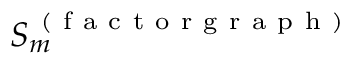
S _ { m } ^ { \mathrm { ~ ( ~ f ~ a ~ c ~ t ~ o ~ r ~ g ~ r ~ a ~ p ~ h ~ ) ~ } }